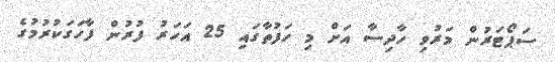
ސަޕޯޓަރުން މަރުވި ހާދިސާ އަށް މި ހަފުތާގައި 25 އަހަރު ފުރުން ފާހަގަކުރުމުގެ